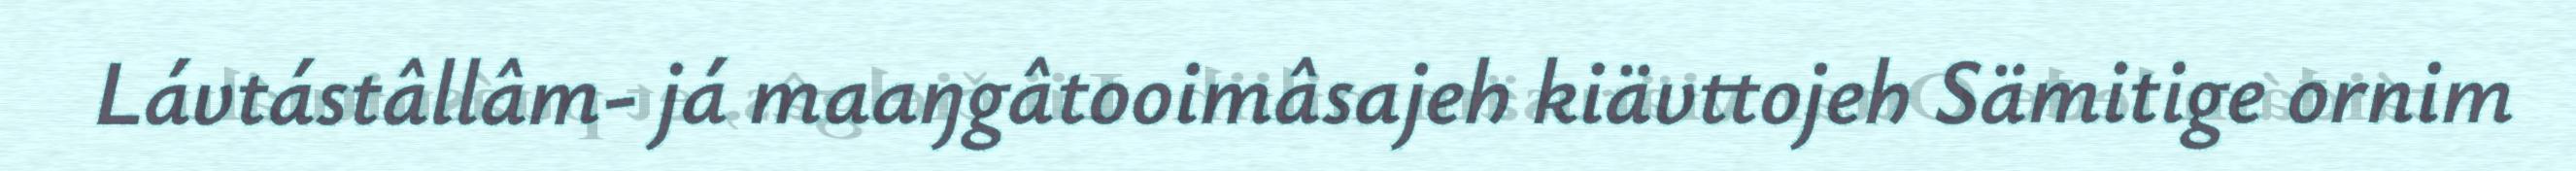
Lávtástâllâm- já maaŋgâtooimâsajeh kiävttojeh Sämitige ornim